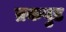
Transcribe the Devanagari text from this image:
व्रकवुड